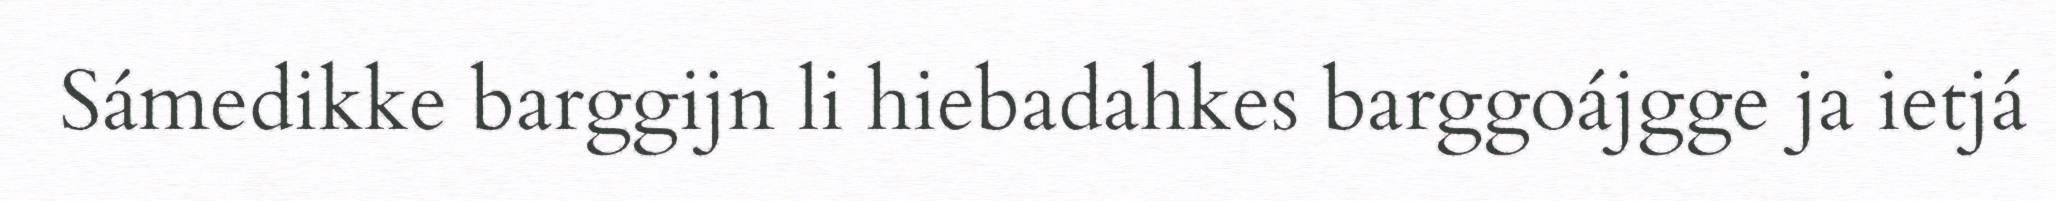
Sámedikke barggijn li hiebadahkes barggoájgge ja ietjá